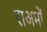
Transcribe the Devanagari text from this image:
राअमों